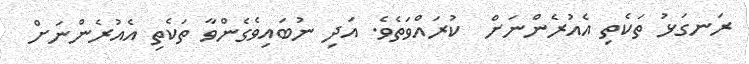
ރަނގަޅު ތަކެތި އެއުރެންނަށް  ކުރައްވަތެވެ. އަދި ނުބައިވެގެންވާ ތަކެތި އެއުރެންނަށް